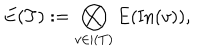
LaTeX: E ( T ) : = \bigotimes _ { v \in \vert ( T ) } E ( \mathrm { I n } ( v ) ) ,